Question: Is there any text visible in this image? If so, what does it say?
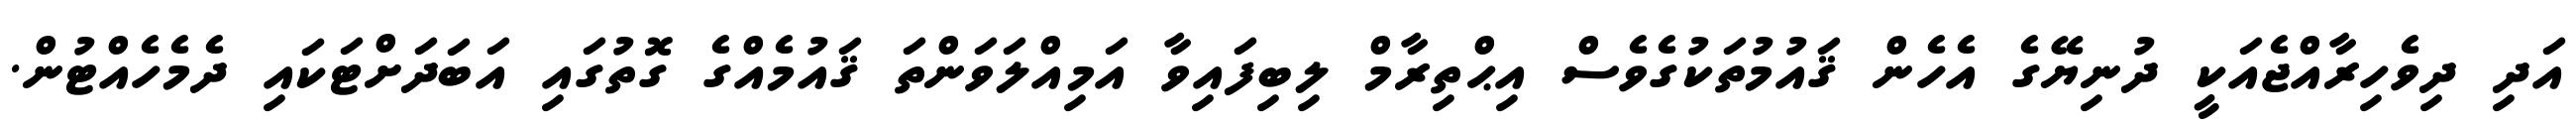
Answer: އަދި ދިވެހިރާއްޖެއަކީ ދުނިޔޭގެ އެހެން ޤައުމުތަކުގެވެސް އިޙްތިރާމް ލިބިފައިވާ އަމިއްލަވަންތަ ޤައުމެއްގެ ގޮތުގައި އަބަދަށްޓަކައި ދެމެހެއްޓުން.